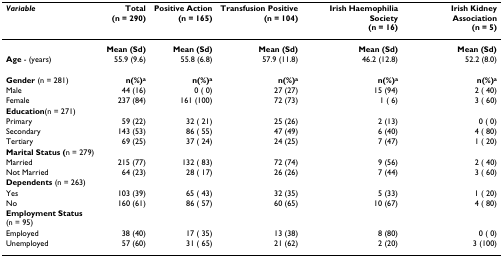
<table><thead><tr><td><b><i>Variable</i></b></td><td><b>Total(n = 290)</b></td><td><b>Positive Action(n = 165)</b></td><td><b>Transfusion Positive(n = 104)</b></td><td><b>Irish Haemophilia Society(n = 16)</b></td><td><b>Irish Kidney Association(n = 5)</b></td></tr></thead><tbody><tr><td></td><td><b>Mean (Sd)</b></td><td><b>Mean (Sd)</b></td><td><b>Mean (Sd)</b></td><td><b>Mean (Sd)</b></td><td><b>Mean (Sd)</b></td></tr><tr><td><b>Age </b>- (years)</td><td>55.9 (9.6)</td><td>55.8 (6.8)</td><td>57.9 (11.8)</td><td>46.2 (12.8)</td><td>52.2 (8.0)</td></tr><tr><td><b>Gender </b>(n = 281)</td><td><b>n(%)<sup>a</sup></b></td><td><b>n(%)<sup>a</sup></b></td><td><b>n(%)<sup>a</sup></b></td><td><b>n(%)<sup>a</sup></b></td><td><b>n(%)<sup>a</sup></b></td></tr><tr><td>Male</td><td>44 (16)</td><td>0 ( 0)</td><td>27 (27)</td><td>15 (94)</td><td>2 ( 40)</td></tr><tr><td>Female</td><td>237 (84)</td><td>161 (100)</td><td>72 (73)</td><td>1 ( 6)</td><td>3 ( 60)</td></tr><tr><td><b>Education</b>(n = 271)</td><td></td><td></td><td></td><td></td><td></td></tr><tr><td>Primary</td><td>59 (22)</td><td>32 ( 21)</td><td>25 (26)</td><td>2 (13)</td><td>0 ( 0)</td></tr><tr><td>Secondary</td><td>143 (53)</td><td>86 ( 55)</td><td>47 (49)</td><td>6 (40)</td><td>4 ( 80)</td></tr><tr><td>Tertiary</td><td>69 (25)</td><td>37 ( 24)</td><td>24 (25)</td><td>7 (47)</td><td>1 ( 20)</td></tr><tr><td><b>Marital Status (</b>n = 279)</td><td></td><td></td><td></td><td></td><td></td></tr><tr><td>Married</td><td>215 (77)</td><td>132 ( 83)</td><td>72 (74)</td><td>9 (56)</td><td>2 ( 40)</td></tr><tr><td>Not Married</td><td>64 (23)</td><td>28 ( 17)</td><td>26 (26)</td><td>7 (44)</td><td>3 ( 60)</td></tr><tr><td><b>Dependents </b>(n = 263)</td><td></td><td></td><td></td><td></td><td></td></tr><tr><td>Yes</td><td>103 (39)</td><td>65 ( 43)</td><td>32 (35)</td><td>5 (33)</td><td>1 ( 20)</td></tr><tr><td>No</td><td>160 (61)</td><td>86 ( 57)</td><td>60 (65)</td><td>10 (67)</td><td>4 ( 80)</td></tr><tr><td><b>Employment Status</b>(n = 95)</td><td></td><td></td><td></td><td></td><td></td></tr><tr><td>Employed</td><td>38 (40)</td><td>17 ( 35)</td><td>13 (38)</td><td>8 (80)</td><td>0 ( 0)</td></tr><tr><td>Unemployed</td><td>57 (60)</td><td>31 ( 65)</td><td>21 (62)</td><td>2 (20)</td><td>3 (100)</td></tr></tbody></table>